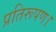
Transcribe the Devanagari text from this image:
प्रतिरूपण।